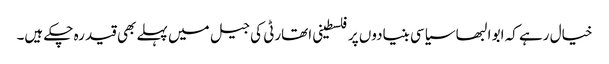
خیال رہے کہ ابو البھا سیاسی بنیادوں پر فلسطینی اتھارٹی کی جیل میں پہلے بھی قید رہ چکے ہیں۔